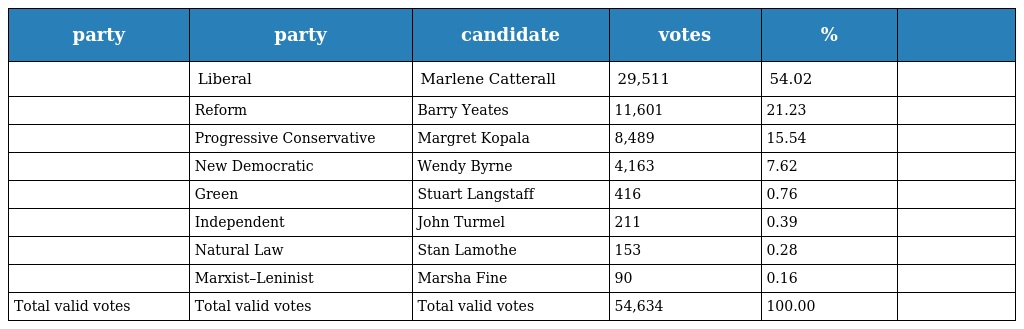
| party | party | candidate | votes | % |  |
 | --- | --- | --- | --- | --- | --- |
 |  | Liberal | Marlene Catterall | 29,511 | 54.02 |  |
 |  | Reform | Barry Yeates | 11,601 | 21.23 |  |
 |  | Progressive Conservative | Margret Kopala | 8,489 | 15.54 |  |
 |  | New Democratic | Wendy Byrne | 4,163 | 7.62 |  |
 |  | Green | Stuart Langstaff | 416 | 0.76 |  |
 |  | Independent | John Turmel | 211 | 0.39 |  |
 |  | Natural Law | Stan Lamothe | 153 | 0.28 |  |
 |  | Marxist–Leninist | Marsha Fine | 90 | 0.16 |  |
 | Total valid votes | Total valid votes | Total valid votes | 54,634 | 100.00 |  |